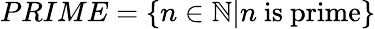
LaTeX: PRIME=\{ n\in\mathbb{N}|n{\mathrm{~is~prime}}\}